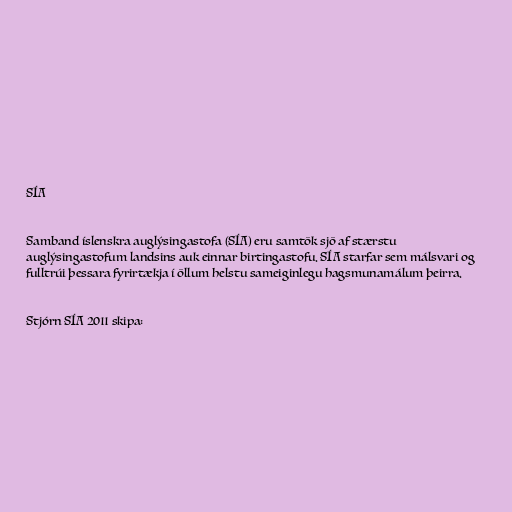
SÍA

Samband íslenskra auglýsingastofa (SÍA) eru samtök sjö af stærstu
auglýsingastofum landsins auk einnar birtingastofu. SÍA starfar sem málsvari og
fulltrúi þessara fyrirtækja í öllum helstu sameiginlegu hagsmunamálum þeirra.

Stjórn SÍA 2011 skipa: